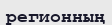
регионның